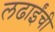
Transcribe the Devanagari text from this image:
लढाईंची